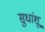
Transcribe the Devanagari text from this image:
सुधांशू